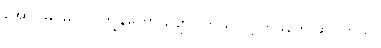
အောင်မြင်မှုပါပဲ၊ ကျွန်တော် ပျော်ပါတယ် လို့ ဘူဖွန်က ဆိုပါတယ်။